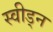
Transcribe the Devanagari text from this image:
स्वीड्न